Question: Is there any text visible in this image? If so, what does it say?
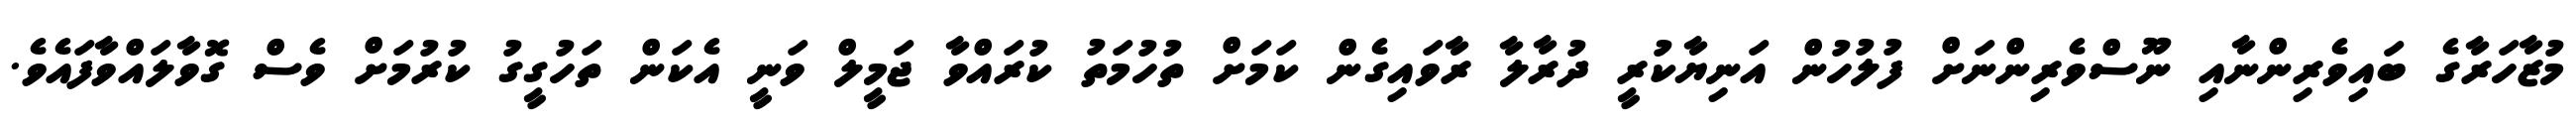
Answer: މުޒާހަރާގެ ބައިވެރިންނާއި ނޫސްވެރިންނަށް ފުލުހުން އަނިޔާކުރީ ދުރާލާ ރާވައިގެން ކަމަށް ތުހުމަތު ކުރައްވާ ޖަމީލް ވަނީ އެކަން ތަހުގީގު ކުރުމަށް ވެސް ގޮވާލައްވާފައެވެ.